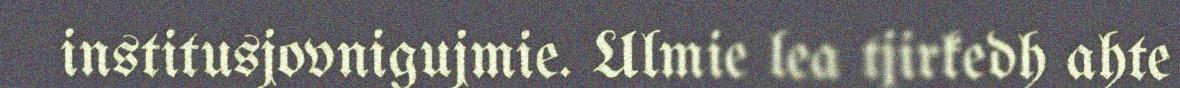
institusjovnigujmie. Ulmie lea tjirkedh ahte